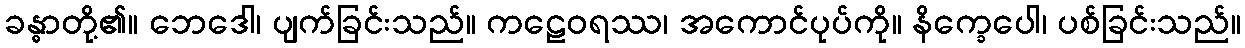
ခန္ဓာတို့၏။ ဘေဒေါ၊ ပျက်ခြင်းသည်။ ကဠေဝရဿ၊ အကောင်ပုပ်ကို။ နိက္ခေပေါ၊ ပစ်ခြင်းသည်။